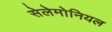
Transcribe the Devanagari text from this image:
सेलेमोनियल